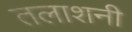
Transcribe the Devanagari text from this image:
तलाशनी